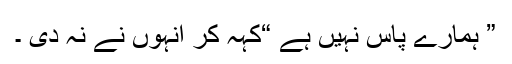
” ہمارے پاس نہیں ہے “کہہ کر انہوں نے نہ دی ۔